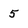
Character: 5